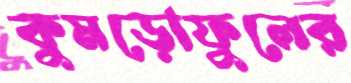
কুমড়োফুলের